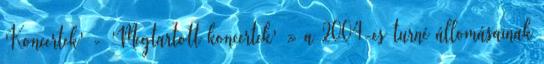
'Koncertek' - 'Megtartott koncertek' » a 2004-es turné állomásainak